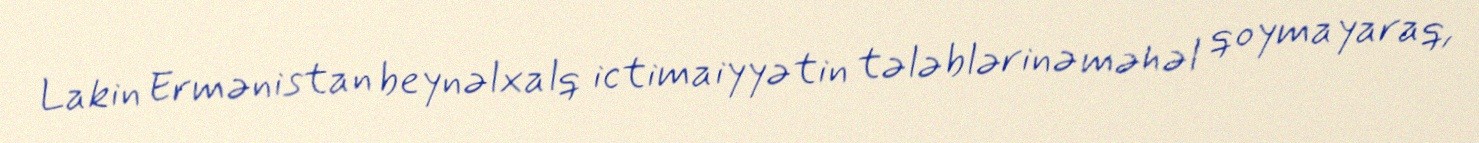
Lakin Ermənistan beynəlxalq ictimaiyyətin tələblərinə məhəl qoymayaraq,